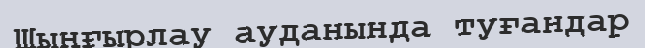
Шыңғырлау ауданында туғандар